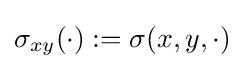
\sigma _{xy}(\cdot ):=\sigma (x,y,\cdot )